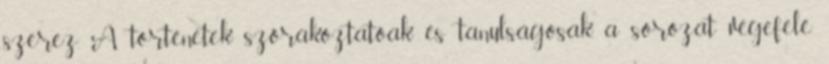
szerez. A történetek szórakoztatóak és tanulságosak, a sorozat végefelé